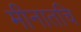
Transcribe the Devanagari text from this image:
मीनातचि